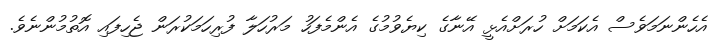
އެހެންނަމަވެސް އެކަމަށް ހުރަށްއެޅީ އޭނާގެ ކިޔެވުމުގެ އެންމެފަހު މަރުހަލާ ފުރިހަމަކުރަން ޖެހިފައި އޮތުމުންނެވެ.